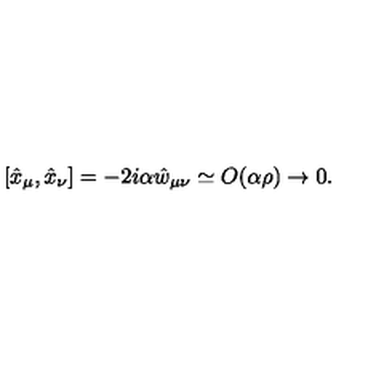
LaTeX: [ \hat { x } _ { \mu } , \hat { x } _ { \nu } ] = - 2 i \alpha \hat { w } _ { \mu \nu } \simeq O ( \alpha \rho ) \rightarrow 0 .